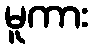
မူကား